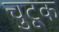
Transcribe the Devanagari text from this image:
चुटूक